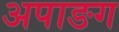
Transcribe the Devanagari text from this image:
अपाङग